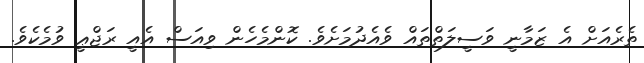
ތެރެއަށް އެ ޒަމާނީ ވަސީލަތްތައް ވެއެދުމަށެވެ. ކޮންމެހެން ވިއަސް އެއީ ރަޖްޢީ ވުމެކެވެ.